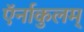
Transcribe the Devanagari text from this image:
ऍर्नाकुलम्